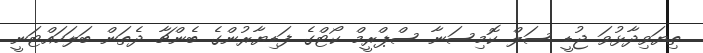
ތިޔަވިދާޅުވަ ޖުޑީ ސަލް ކޮމިސަނާ ސްޕްރީމް ކޯޓްގެ ފަޑިޔާރުންގެ ބެންޗާ ދެތަން ބަލަހައްޓަނީ